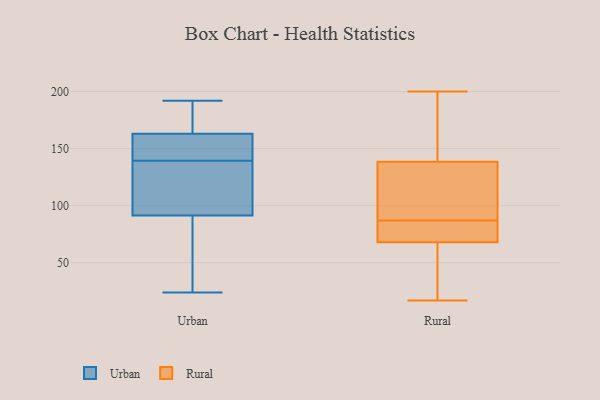
{"axis": {"x": "Inventory Turnover", "y": "Value"}, "legend": ["Rural", "Urban"], "data": [{"x": "", "y": 192, "type": "Urban"}, {"x": "", "y": 154, "type": "Urban"}, {"x": "", "y": 169, "type": "Urban"}, {"x": "", "y": 148, "type": "Urban"}, {"x": "", "y": 174, "type": "Urban"}, {"x": "", "y": 181, "type": "Urban"}, {"x": "", "y": 24, "type": "Urban"}, {"x": "", "y": 187, "type": "Urban"}, {"x": "", "y": 157, "type": "Urban"}, {"x": "", "y": 77, "type": "Urban"}, {"x": "", "y": 106, "type": "Urban"}, {"x": "", "y": 131, "type": "Urban"}, {"x": "", "y": 107, "type": "Urban"}, {"x": "", "y": 152, "type": "Urban"}, {"x": "", "y": 129, "type": "Urban"}, {"x": "", "y": 117, "type": "Urban"}, {"x": "", "y": 50, "type": "Urban"}, {"x": "", "y": 63, "type": "Urban"}, {"x": "", "y": 47, "type": "Urban"}, {"x": "", "y": 149, "type": "Urban"}, {"x": "", "y": 90, "type": "Rural"}, {"x": "", "y": 17, "type": "Rural"}, {"x": "", "y": 45, "type": "Rural"}, {"x": "", "y": 52, "type": "Rural"}, {"x": "", "y": 196, "type": "Rural"}, {"x": "", "y": 135, "type": "Rural"}, {"x": "", "y": 79, "type": "Rural"}, {"x": "", "y": 149, "type": "Rural"}, {"x": "", "y": 59, "type": "Rural"}, {"x": "", "y": 120, "type": "Rural"}, {"x": "", "y": 129, "type": "Rural"}, {"x": "", "y": 79, "type": "Rural"}, {"x": "", "y": 153, "type": "Rural"}, {"x": "", "y": 87, "type": "Rural"}, {"x": "", "y": 71, "type": "Rural"}, {"x": "", "y": 200, "type": "Rural"}, {"x": "", "y": 81, "type": "Rural"}]}